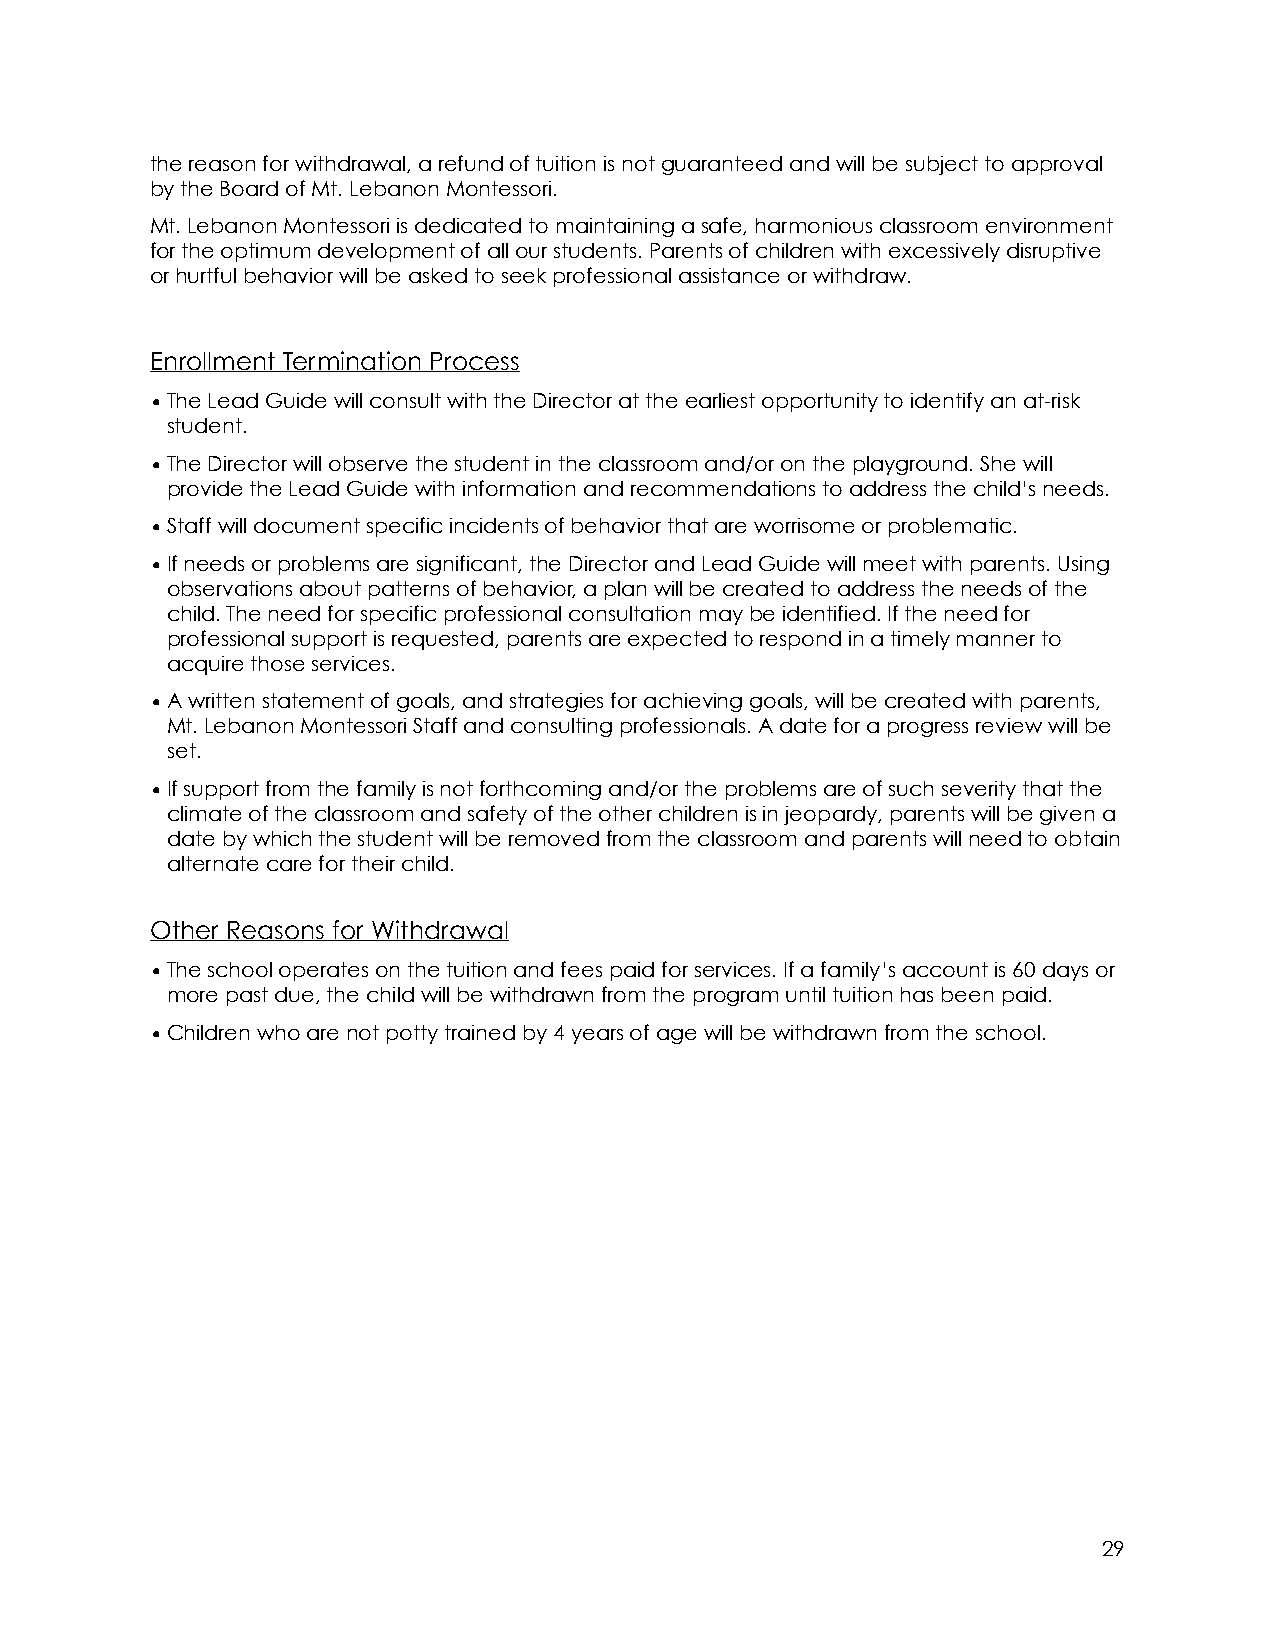
the reason for withdrawal, a refund of tuition is not guaranteed and will be subject to approval
 by the Board of Mt. Lebanon Montessori.
 Mt. Lebanon Montessori is dedicated to maintaining a safe, harmonious classroom environment
 for the optimum development of all our students. Parents of children with excessively disruptive
 or hurtful behavior will be asked to seek professional assistance or withdraw.
 Enrollment Termination Process
 •The Lead Guide will consult with the Director at the earliest opportunity to identify an at-risk
 student.
 •The Director will observe the student in the classroom and/or on the playground. She will
 provide the Lead Guide with information and recommendations to address the child’s needs.
 •Staff will document specific incidents of behavior that are worrisome or problematic.
 •If needs or problems are significant, the Director and Lead Guide will meet with parents. Using
 observations about patterns of behavior, a plan will be created to address the needs of the
 child. The need for specific professional consultation may be identified. If the need for
 professional support is requested, parents are expected to respond in a timely manner to
 acquire those services.
 •A written statement of goals, and strategies for achieving goals, will be created with parents,
 Mt. Lebanon Montessori Staff and consulting professionals. A date for a progress review will be
 set.
 •If support from the family is not forthcoming and/or the problems are of such severity that the
 climate of the classroom and safety of the other children is in jeopardy, parents will be given a
 date by which the student will be removed from the classroom and parents will need to obtain
 alternate care for their child.
 Other Reasons for Withdrawal
 •The school operates on the tuition and fees paid for services. If a family’s account is 60 days or
 more past due, the child will be withdrawn from the program until tuition has been paid.
 •Children who are not potty trained by 4 years of age will be withdrawn from the school.
 29